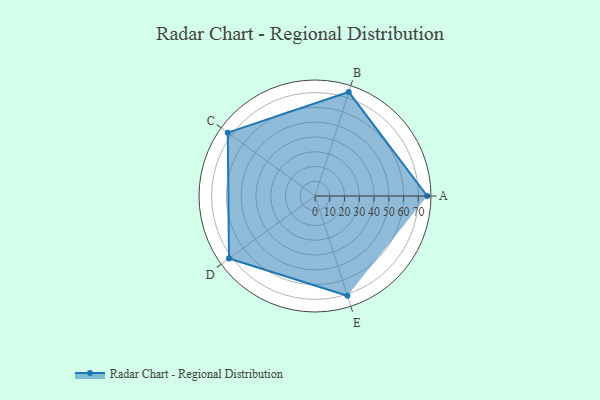
{"axis": {"x": "Skill", "y": "Score"}, "legend": ["Profile"], "data": [{"x": "A", "y": 76.0, "type": "Profile"}, {"x": "B", "y": 74.0, "type": "Profile"}, {"x": "C", "y": 73.0, "type": "Profile"}, {"x": "D", "y": 72.0, "type": "Profile"}, {"x": "E", "y": 71.0, "type": "Profile"}]}